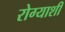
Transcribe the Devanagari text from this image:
रोग्याशी